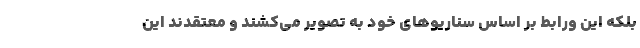
بلکه این ورابط بر اساس سناریوهای خود به تصویر می‌کشند و معتقدند این